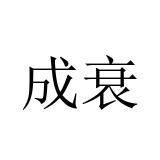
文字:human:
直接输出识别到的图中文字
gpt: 成衰